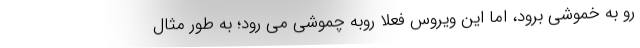
رو به خموشی برود، اما این ویروس فعلا روبه چموشی می رود؛ به طور مثال